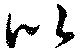
似